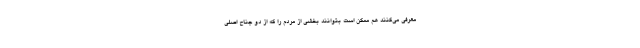
معرفی می‌کنند هم ممکن است بتوانند بخشی از مردم را که از دو جناح اصلی